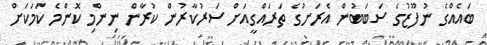
ބައެއްގެ ނުފޫޒުގެ ސަބަބުން އެރަށުގެ ތަރައްގީއަށް ސަރުކާރުން ކުރާން ނިންމި ކޮންމެ ކަމަކަށް